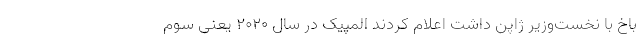
باخ با نخست‌وزیر ژاپن داشت اعلام کردند المپیک در سال ۲۰۲۰ یعنی سوم